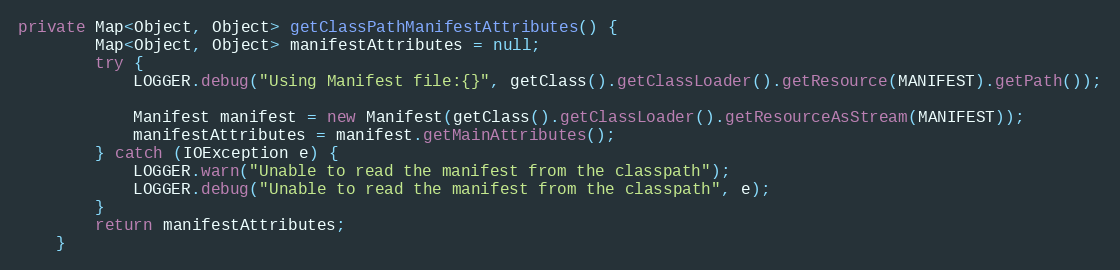
Language: Java
private Map<Object, Object> getClassPathManifestAttributes() {
		Map<Object, Object> manifestAttributes = null;
		try {
		    LOGGER.debug("Using Manifest file:{}", getClass().getClassLoader().getResource(MANIFEST).getPath());

		    Manifest manifest = new Manifest(getClass().getClassLoader().getResourceAsStream(MANIFEST));
		    manifestAttributes = manifest.getMainAttributes();
		} catch (IOException e) {
			LOGGER.warn("Unable to read the manifest from the classpath");
			LOGGER.debug("Unable to read the manifest from the classpath", e);
		}
		return manifestAttributes;
	}